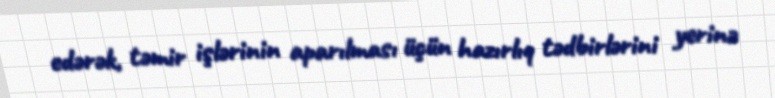
edərək, təmir işlərinin aparılması üçün hazırlıq tədbirlərini yerinə